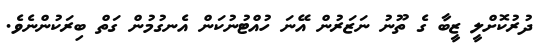
ދުރުކޮށްލީ ޒީބާ ގެ ތޫނު ނަޒަރުން އޭނަ ހުއްޓުނުކަން އެނގުމުން ގަތް ބިރަކުންނެވެ.